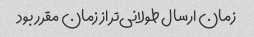
زمان ارسال طولانی‌تر از زمان مقرر بود